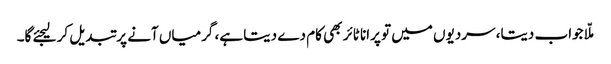
ملّا جواب دیتا، سردیوں میں تو پرانا ٹائر بھی کام دے دیتا ہے، گرمیاں آنے پر تبدیل کر لیجئے گا۔